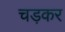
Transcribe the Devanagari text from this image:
चड़कर